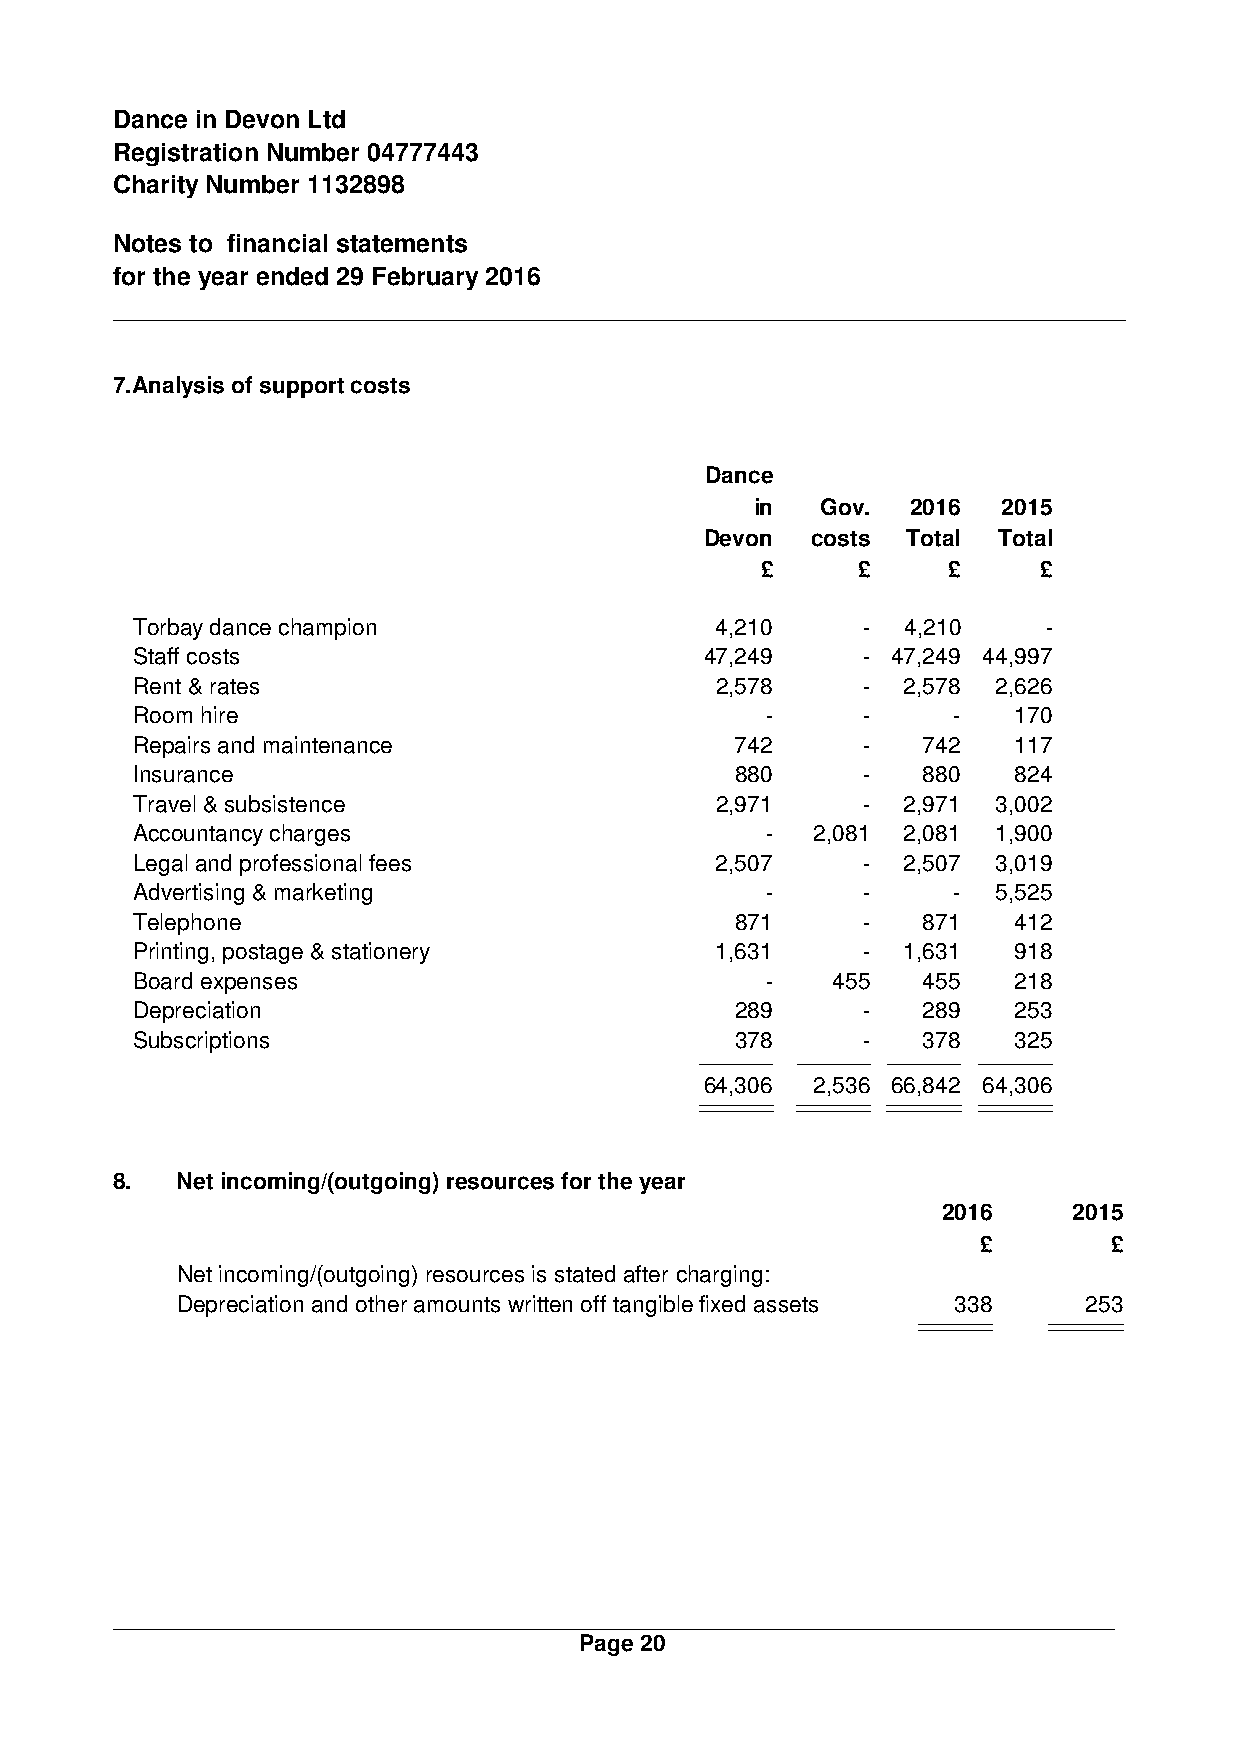
Dance in Devon Ltd
 Registration Number 04777443
 Charity Number 1132898
 Notes to financial statements
 for the year ended 29 February 2016
 7.Analysis of support costs
 Dance
 in  Gov.  2016  2015
 Devon  costs Total Total
 £      £     £     £
 Torbay dance champion                 4,210     -  4,210    -
 Staff costs                           47,249    - 47,249 44,997
 Rent & rates                          2,578     -  2,578 2,626
 Room hire                                 -     -     -   170
 Repairs and maintenance                 742     -   742   117
 Insurance                               880     -   880   824
 Travel & subsistence                  2,971     -  2,971 3,002
 Accountancy charges                       -  2,081 2,081 1,900
 Legal and professional fees           2,507     -  2,507 3,019
 Advertising & marketing                   -     -     -  5,525
 Telephone                               871     -   871   412
 Printing, postage & stationery        1,631     -  1,631  918
 Board expenses                            -   455   455   218
 Depreciation                            289     -   289   253
 Subscriptions                           378     -   378   325
 64,306 2,536 66,842 64,306
 8.   Net incoming/(outgoing) resources for the year
 2016     2015
 £        £
 Net incoming/(outgoing) resources is stated after charging:
 Depreciation and other amounts written off tangible fixed assets 338 253
 Page 20